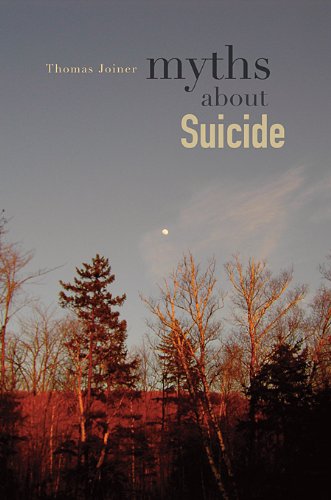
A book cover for Myths about Suicide; Thomas Joiner; Self-Help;